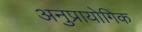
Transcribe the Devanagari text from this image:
अनुप्रायोगिक